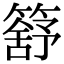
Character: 𥳕